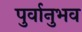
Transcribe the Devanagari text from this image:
पुर्वानुभव